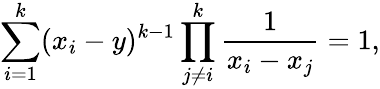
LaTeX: \sum_{i=1}^{k}(x_{i}-y)^{k-1}\prod_{j\ne i}^{k}\frac{1}{x_{i}-x_{j}}=1,